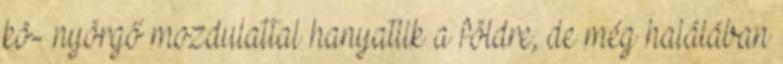
kö- nyörgő mozdulattal hanyatlik a földre, de még halálában